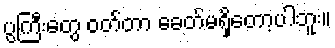
ပွကြီးတွေ ဝတ်တာ ခေတ်မရှိတော့ပါဘူး။